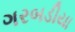
ગરબડીયા